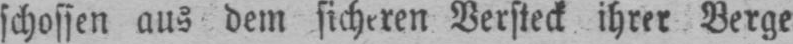
schossen aus dem sicheren Versteck ihrer Berge